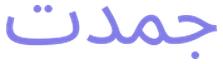
جمدت